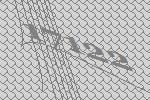
17122